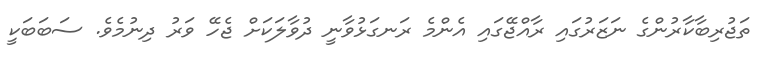
ތަޖުރިބާކާރުންގެ ނަޒަރުގައި ރާއްޖޭގައި އެންމެ ރަނގަޅުވާނީ ދުވާލަކަށް ޖެހޭ ވަރު ދިނުމެވެ. ސަބަބަކީ